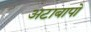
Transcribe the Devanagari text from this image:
अटाबापो